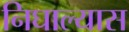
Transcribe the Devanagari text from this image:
निघाल्यास